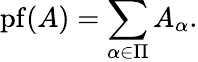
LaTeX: \operatorname{pf}(A)=\sum_{\alpha\in\Pi}A_{\alpha}.